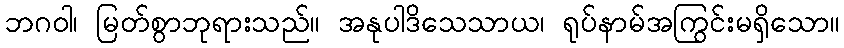
ဘဂဝါ၊ မြတ်စွာဘုရားသည်။ အနုပါဒိသေသာယ၊ ရုပ်နာမ်အကြွင်းမရှိသော။